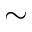
\sim